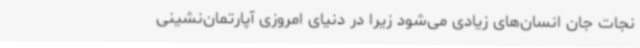
نجات جان انسان‌های زیادی می‌شود زیرا در دنیای امروزی آپارتمان‌نشینی